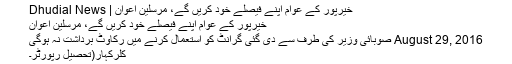
خیرپور کے عوام اپنے فیصلے خود کریں گے، مرسلین اعوان | Dhudial News
خیرپور کے عوام اپنے فیصلے خود کریں گے، مرسلین اعوان
August 29, 2016 صوبائی وزیر کی طرف سے دی گئی گرانٹ کو استعمال کرنے میں رکاوٹ برداشت نہ ہوگی
کلرکہار(تحصیل رپورٹر۔